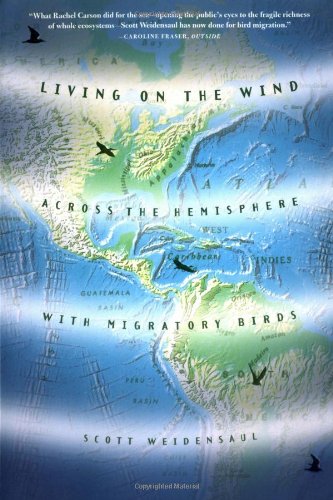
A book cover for Living on the Wind: Across the Hemisphere With Migratory Birds; Scott Weidensaul; Science & Math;